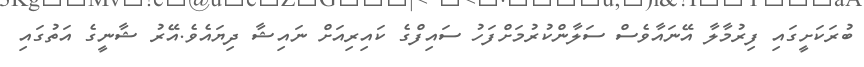
ބުރަކަށީގައި ފިރުމާލާ އޭނައާވެސް ސަލާންކުރުމަށްފަހު ސައިފްގެ ކައިރިއަށް ނައިޝާ ދިޔައެެވެ.އޭރު ޝާނީގެ އަތުގައި